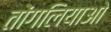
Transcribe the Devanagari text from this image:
तोंगलियाओ